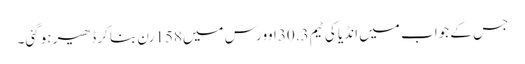
جس کے جواب میں انڈیا کی ٹیم30.3اوورس میں158رن بناکر ڈھیر ہوگئی۔